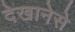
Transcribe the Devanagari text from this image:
देखानेसे